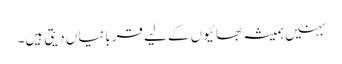
بہنیں ہمیشہ بھائیوں کے لیے قربانیاں دیتی ہیں۔